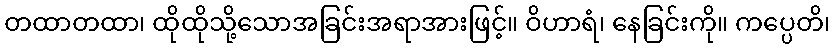
တထာတထာ၊ ထိုထိုသို့သောအခြင်းအရာအားဖြင့်။ ဝိဟာရံ၊ နေခြင်းကို။ ကပ္ပေတိ၊